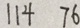
1 1 4 7 6